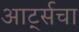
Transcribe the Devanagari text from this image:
आर्ट्सचा